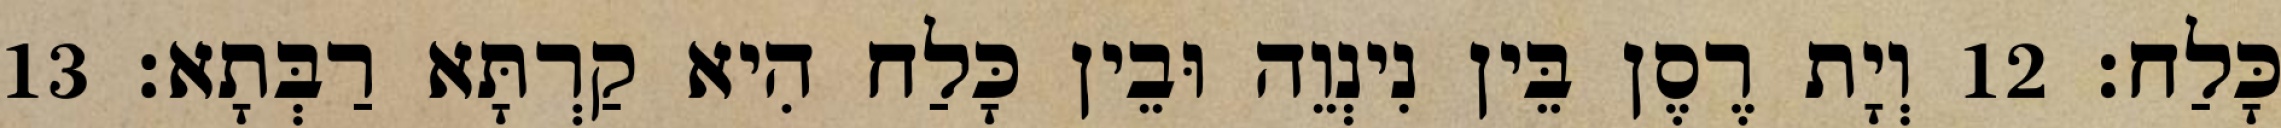
כָּלַח׃ 12 וְיָת רֶסֶן בֵּין נִינְוֵה וּבֵין כָּלַח הִיא קַרְתָּא רַבְּתָא׃ 13